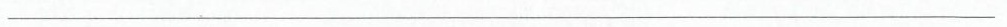
___